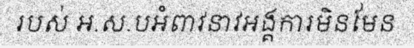
របស់ អ.ស.បអំពាវនាវអង្គការមិនមែន